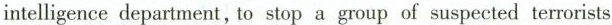
intelligence department, to stop a group of suspected terrorists